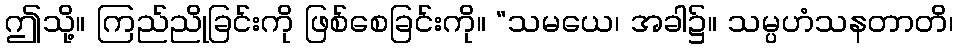
ဤသို့။ ကြည်ညိုခြင်းကို ဖြစ်စေခြင်းကို။ “သမယေ၊ အခါ၌။ သမ္ပဟံသနတာတိ၊